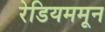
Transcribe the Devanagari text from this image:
रेडियममून